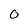
Character: 0